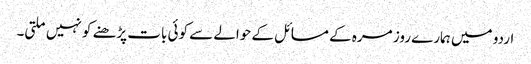
اردو میں ہمارے روز مرہ کے مسائل کے حوالے سے کوئی بات پڑھنے کو نہیں ملتی۔